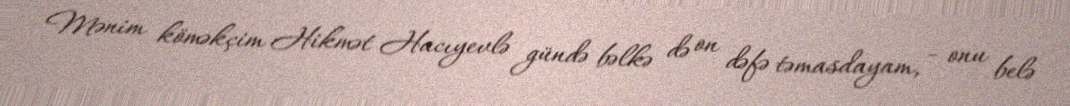
Mənim köməkçim Hikmət Hacıyevlə gündə bəlkə də on dəfə təmasdayam, - onu belə